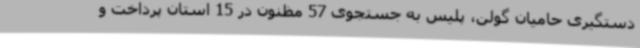
دستگیری حامیان گولن،‌ پلیس به جستجوی 57 مظنون در 15 استان پرداخت و